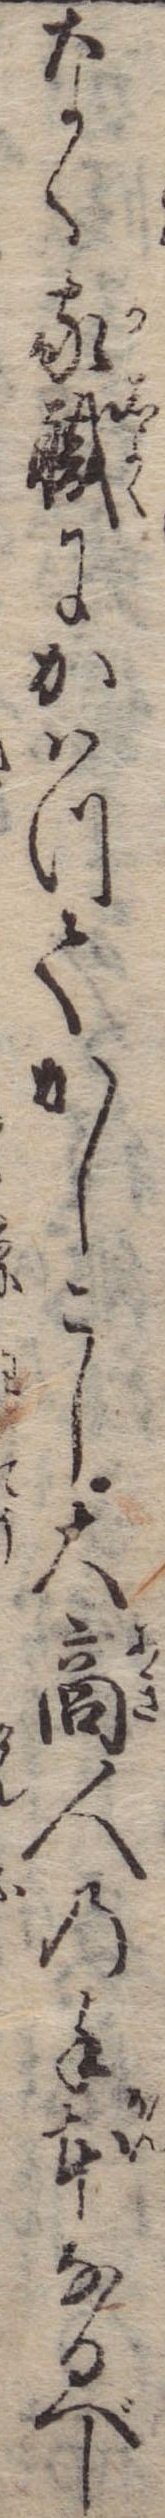
なく家職にかはつてかしこし大商人の手本なるべし